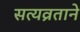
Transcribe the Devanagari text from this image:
सत्यव्रताने